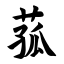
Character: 菰